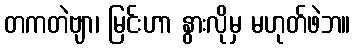
တကတဲဗျာ၊ မြင်းဟာ နွားလိုမှ မဟုတ်ဖဲဘ။